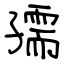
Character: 孺